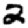
Digit: 2